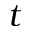
t